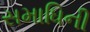
સમાધિની